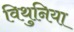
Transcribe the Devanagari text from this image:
विथुनिया